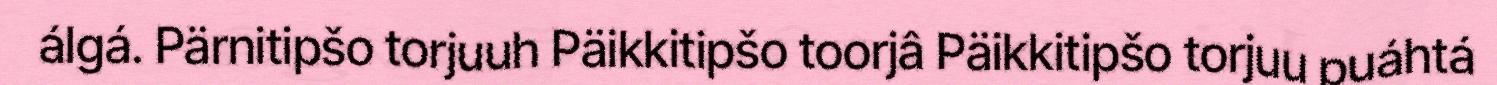
álgá. Pärnitipšo torjuuh Päikkitipšo toorjâ Päikkitipšo torjuu puáhtá